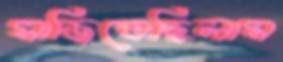
সাজিতেছিলাম